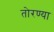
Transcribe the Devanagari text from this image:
तोरण्या